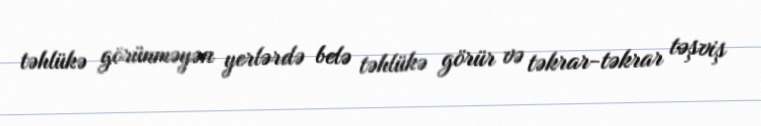
təhlükə görünməyən yerlərdə belə təhlükə görür və təkrar-təkrar təşviş